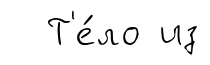
Т'е́ло из